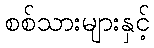
စစ်သားများနှင့်